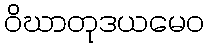
ဝိဃာတုဒယမေဝ